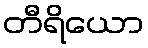
တီရိယော